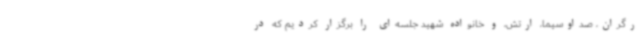
رگران، صداوسیما، ارتش، و خانواده شهید جلسه‌ای را برگزار کردیم که در